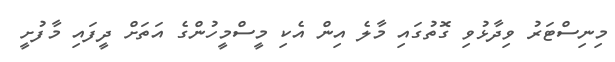
މިނިސްޓަރު ވިދާޅުވި ގޮތުގައި މާލެ އިން އެކި މީސްމީހުންގެ އަތަށް ދީފައި މާފުށީ